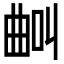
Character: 𣌺